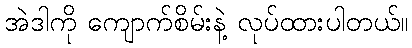
အဲဒါကို ကျောက်စိမ်းနဲ့ လုပ်ထားပါတယ်။